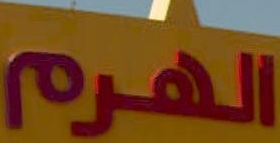
الهرم